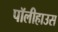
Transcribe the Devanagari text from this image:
पॉलीहाउस